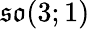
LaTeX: {\mathfrak{so}}(3;1)